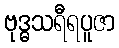
ဗုဒ္ဓသရီရပူဇာ